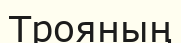
Трояның